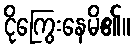
ငိုကြွေးနေမိ၏။